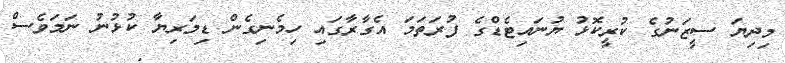
މިދިޔަ ސީޒަނުގެ ކުރީކޮޅު ޔުނައިޓެޑްގެ ފުރަތަމަ އެގާރާގައި ހިމެނިގެން ޑިމަރިޔާ ކުޅުނު ނަމަވެސް